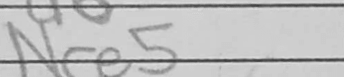
Transcription: Nce5